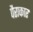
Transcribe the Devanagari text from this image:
पैराकार